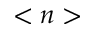
< n >